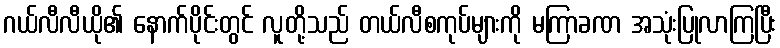
ဂယ်လီလီယို၏ နောက်ပိုင်းတွင် လူတို့သည် တယ်လီစကုပ်များကို မကြာခဏ အသုံးပြုလာကြပြီး